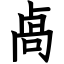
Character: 卨